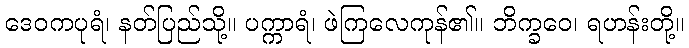
ဒေဝကပုရံ၊ နတ်ပြည်သို့။ ပက္ကာရံ၊ ဖဲကြလေကုန်၏။ ဘိက္ခဝေ၊ ရဟန်းတို့။